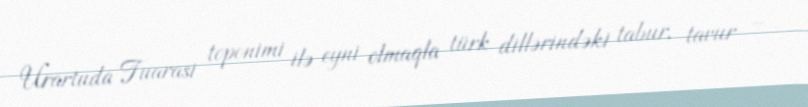
Urartuda Tuarasi toponimi ilə eyni olmaqla türk dillərindəki tabur, tavur –